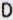
D